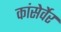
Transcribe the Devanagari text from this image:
कांसेर्वेर